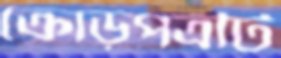
ক্রোড়পত্রটি